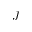
J